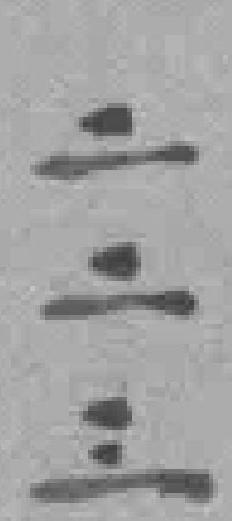
二二三